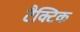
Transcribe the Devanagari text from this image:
टैक्टिक